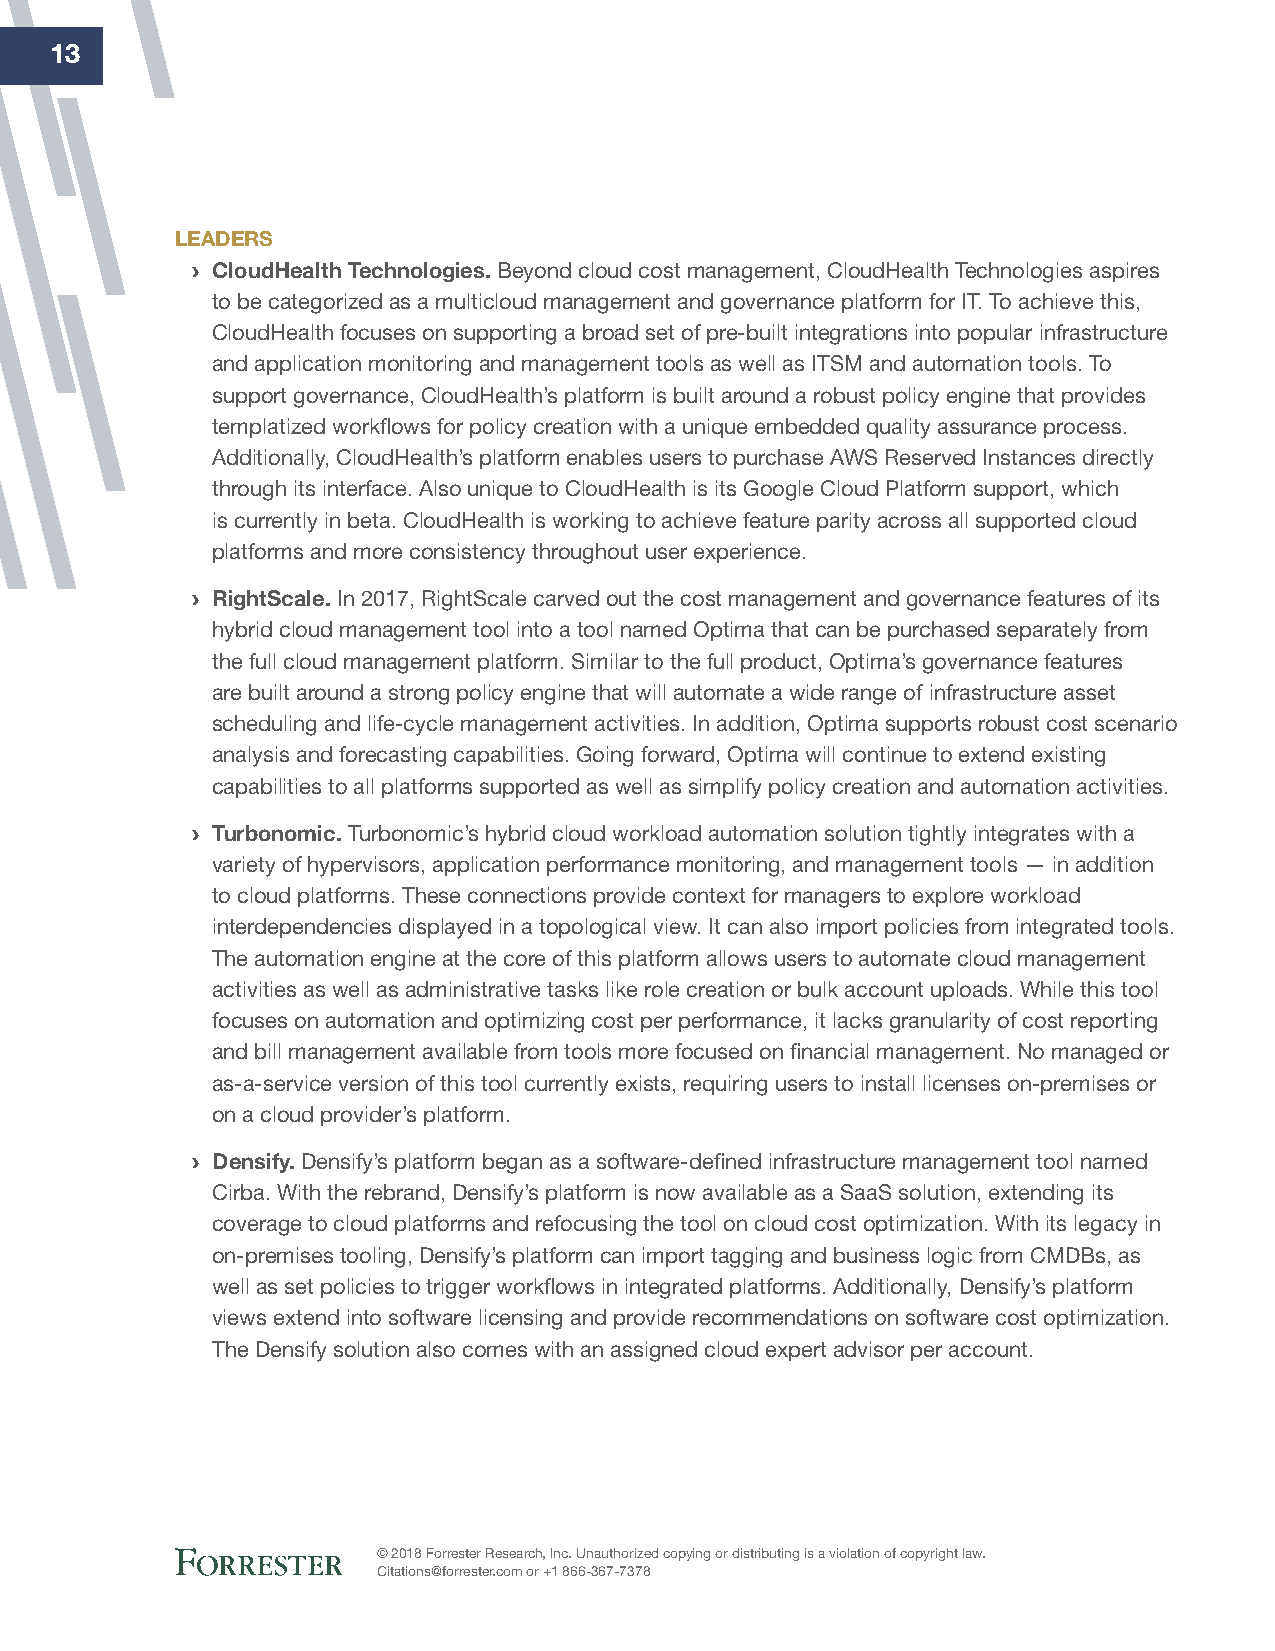
13
 leAderS
 › Cloudhealth technologies. Beyond cloud cost management, CloudHealth Technologies aspires
 to be categorized as a multicloud management and governance platform for IT. To achieve this,
 CloudHealth focuses on supporting a broad set of pre-built integrations into popular infrastructure
 and application monitoring and management tools as well as ITSM and automation tools. To
 support governance, CloudHealth’s platform is built around a robust policy engine that provides
 templatized workflows for policy creation with a unique embedded quality assurance process.
 Additionally, CloudHealth’s platform enables users to purchase AWS Reserved Instances directly
 through its interface. Also unique to CloudHealth is its Google Cloud Platform support, which
 is currently in beta. CloudHealth is working to achieve feature parity across all supported cloud
 platforms and more consistency throughout user experience.
 › rightScale. In 2017, RightScale carved out the cost management and governance features of its
 hybrid cloud management tool into a tool named Optima that can be purchased separately from
 the full cloud management platform. Similar to the full product, Optima’s governance features
 are built around a strong policy engine that will automate a wide range of infrastructure asset
 scheduling and life-cycle management activities. In addition, Optima supports robust cost scenario
 analysis and forecasting capabilities. Going forward, Optima will continue to extend existing
 capabilities to all platforms supported as well as simplify policy creation and automation activities.
 › turbonomic. Turbonomic’s hybrid cloud workload automation solution tightly integrates with a
 variety of hypervisors, application performance monitoring, and management tools — in addition
 to cloud platforms. These connections provide context for managers to explore workload
 interdependencies displayed in a topological view. It can also import policies from integrated tools.
 The automation engine at the core of this platform allows users to automate cloud management
 activities as well as administrative tasks like role creation or bulk account uploads. While this tool
 focuses on automation and optimizing cost per performance, it lacks granularity of cost reporting
 and bill management available from tools more focused on financial management. No managed or
 as-a-service version of this tool currently exists, requiring users to install licenses on-premises or
 on a cloud provider’s platform.
 › densify. Densify’s platform began as a software-defined infrastructure management tool named
 Cirba. With the rebrand, Densify’s platform is now available as a SaaS solution, extending its
 coverage to cloud platforms and refocusing the tool on cloud cost optimization. With its legacy in
 on-premises tooling, Densify’s platform can import tagging and business logic from CMDBs, as
 well as set policies to trigger workflows in integrated platforms. Additionally, Densify’s platform
 views extend into software licensing and provide recommendations on software cost optimization.
 The Densify solution also comes with an assigned cloud expert advisor per account.
 © 2018 Forrester Research, Inc. Unauthorized copying or distributing is a violation of copyright law.
 Citations@forrester.com or +1 866-367-7378